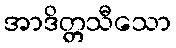
အာဒိတ္တသီသော